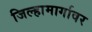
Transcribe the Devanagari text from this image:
जिल्हामार्गावर